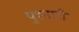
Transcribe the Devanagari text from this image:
पुत्रनारी